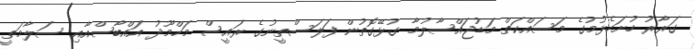
ގަރާރު ހުށަހެޅުމުގެ މަސައްކަތް މަޑުޖައްސާލުމާ ގުޅޭގޮތުން ފަލަސްތީނުގެ ރައީސް މަހްމޫދު އައްބާސްއާއި ސަލާމަތީ